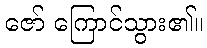
ဇော် ကြောင်သွား၏။